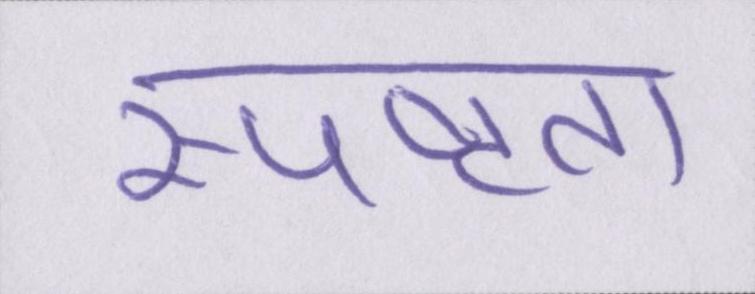
स्पष्टता